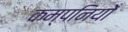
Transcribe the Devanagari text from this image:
कम्पनियोँ